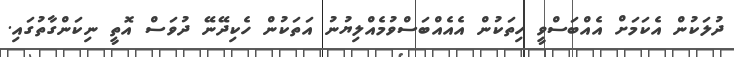
ދުލަކުން އެކަމަށް އެއްބަސްވީ ހިތަކުން އެއެއްބަސްވުމެއްލިޔުނު އަތަކުން ހެކިދޭނޭ ދުވަސް އޮތީ ނިކަންގާތުގައި.